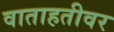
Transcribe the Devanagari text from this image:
वाताहतीवर